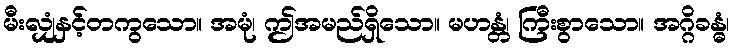
မီးလျှံနှင့်တကွသော။ အမုံ၊ ဤအမည်ရှိသော။ မဟန္တံ၊ ကြီးစွာသော။ အဂ္ဂိခန္ဓံ၊